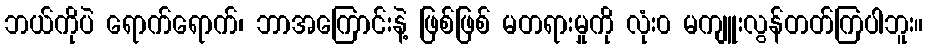
ဘယ်ကိုပဲ ရောက်ရောက်၊ ဘာအကြောင်းနဲ့ ဖြစ်ဖြစ် မတရားမှုကို လုံး၀ မကျူးလွန်တတ်ကြပါဘူး။